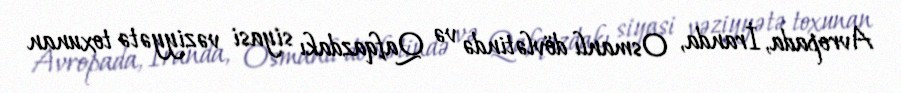
Avropada, İranda, Osmanlı dövlətində və Qafqazdakı siyasi vəziyyətə toxunan